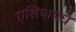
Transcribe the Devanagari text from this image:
एशियामधे